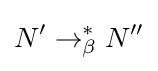
N'\to _{\beta }^{*}N''